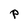
Character: P